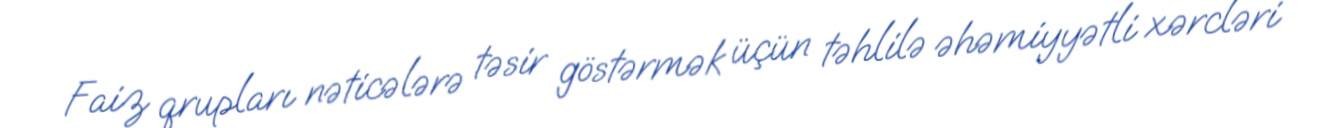
Faiz qrupları nəticələrə təsir göstərmək üçün təhlilə əhəmiyyətli xərcləri